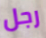
رجل